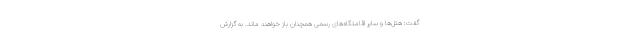
گفت: هتل‌ها و سایر اقامتگاه‌های رسمی همچنان باز خواهند ماند. ‌به گزارش